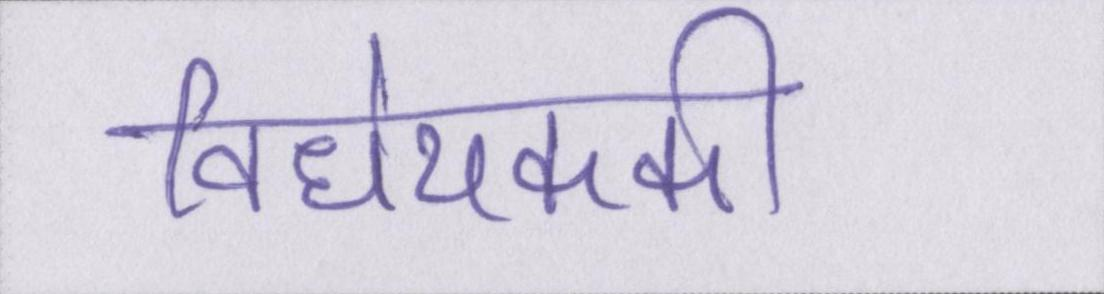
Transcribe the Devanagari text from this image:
विधेयककी